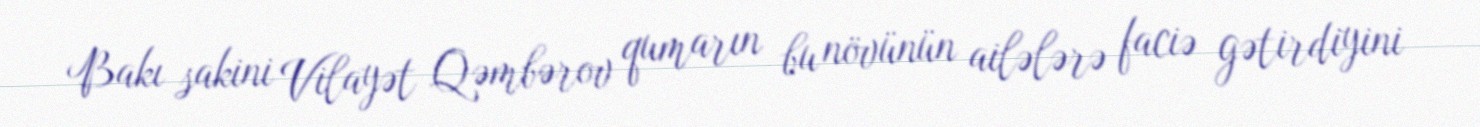
Bakı sakini Vilayət Qəmbərov qumarın bu növünün ailələrə faciə gətirdiyini